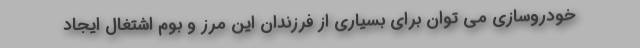
خودروسازی می توان برای بسیاری از فرزندان این مرز و بوم اشتغال ایجاد